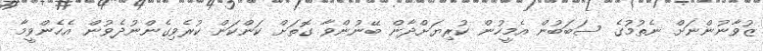
ޒުވާނުންނަށް ނެތުމުގެ ސަބަބުން އެމީހުން ކުރިޔަށްދާން ބޭނުންވާ ގޮތަށް ކަންކަން ކުރެވިގެންނުދެވުން އެހެންވީމާ